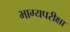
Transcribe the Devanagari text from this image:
भाग्यपरीक्षा